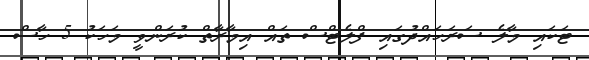
ޓަކައި މާލެ ސަރަހައްދުގައި ފްލެޓްސް ތައް އިމާރާތް ކުރަންވީ މަހަކު 5 ހާސް